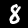
Label: 8